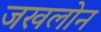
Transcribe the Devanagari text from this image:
जखलोन